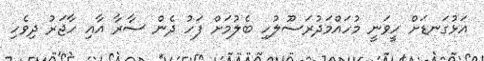
އަޅުގަނޑަށް ހީވަނީ މުހައްމަދުރަސޫލުހި ބެލުމަށް ފަހު ދެން ސާރާ އާއި ހާޖަރު ދިވެހި